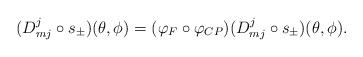
\begin{align*}( D^j_{mj} \circ s_\pm ) (\theta, \phi) =( \varphi_F \circ \varphi_{CP} )( D^j_{mj} \circ s_\pm ) (\theta, \phi ).\end{align*}